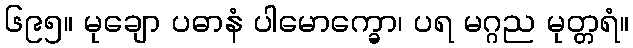
၆၉၅။ မုချော ပဓာနံ ပါမောက္ခော၊ ပရ မဂ္ဂည မုတ္တရံ။